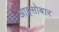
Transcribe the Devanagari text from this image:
आइसोबार